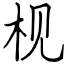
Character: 枧